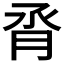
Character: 𪱝